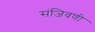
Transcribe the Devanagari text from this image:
संजिवणी